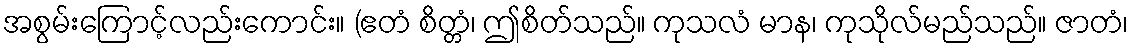
အစွမ်းကြောင့်လည်းကောင်း။ (ဧတံ စိတ္တံ၊ ဤစိတ်သည်။ ကုသလံ မာန၊ ကုသိုလ်မည်သည်။ ဇာတံ၊